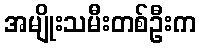
အမျိုးသမီးတစ်ဦးက